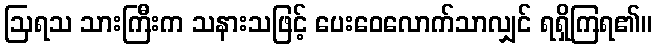
ဩရသ သားကြီးက သနားသဖြင့် ပေးဝေလောက်သာလျှင် ရရှိကြရ၏။